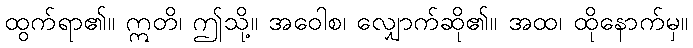
ထွက်ရာ၏။ ဣတိ၊ ဤသို့။ အဝေါစ၊ လျှောက်ဆို၏။ အထ၊ ထိုနောက်မှ။